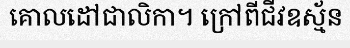
គោលដៅជាលិកា។ ក្រៅពីជីវឧស្ម័ន